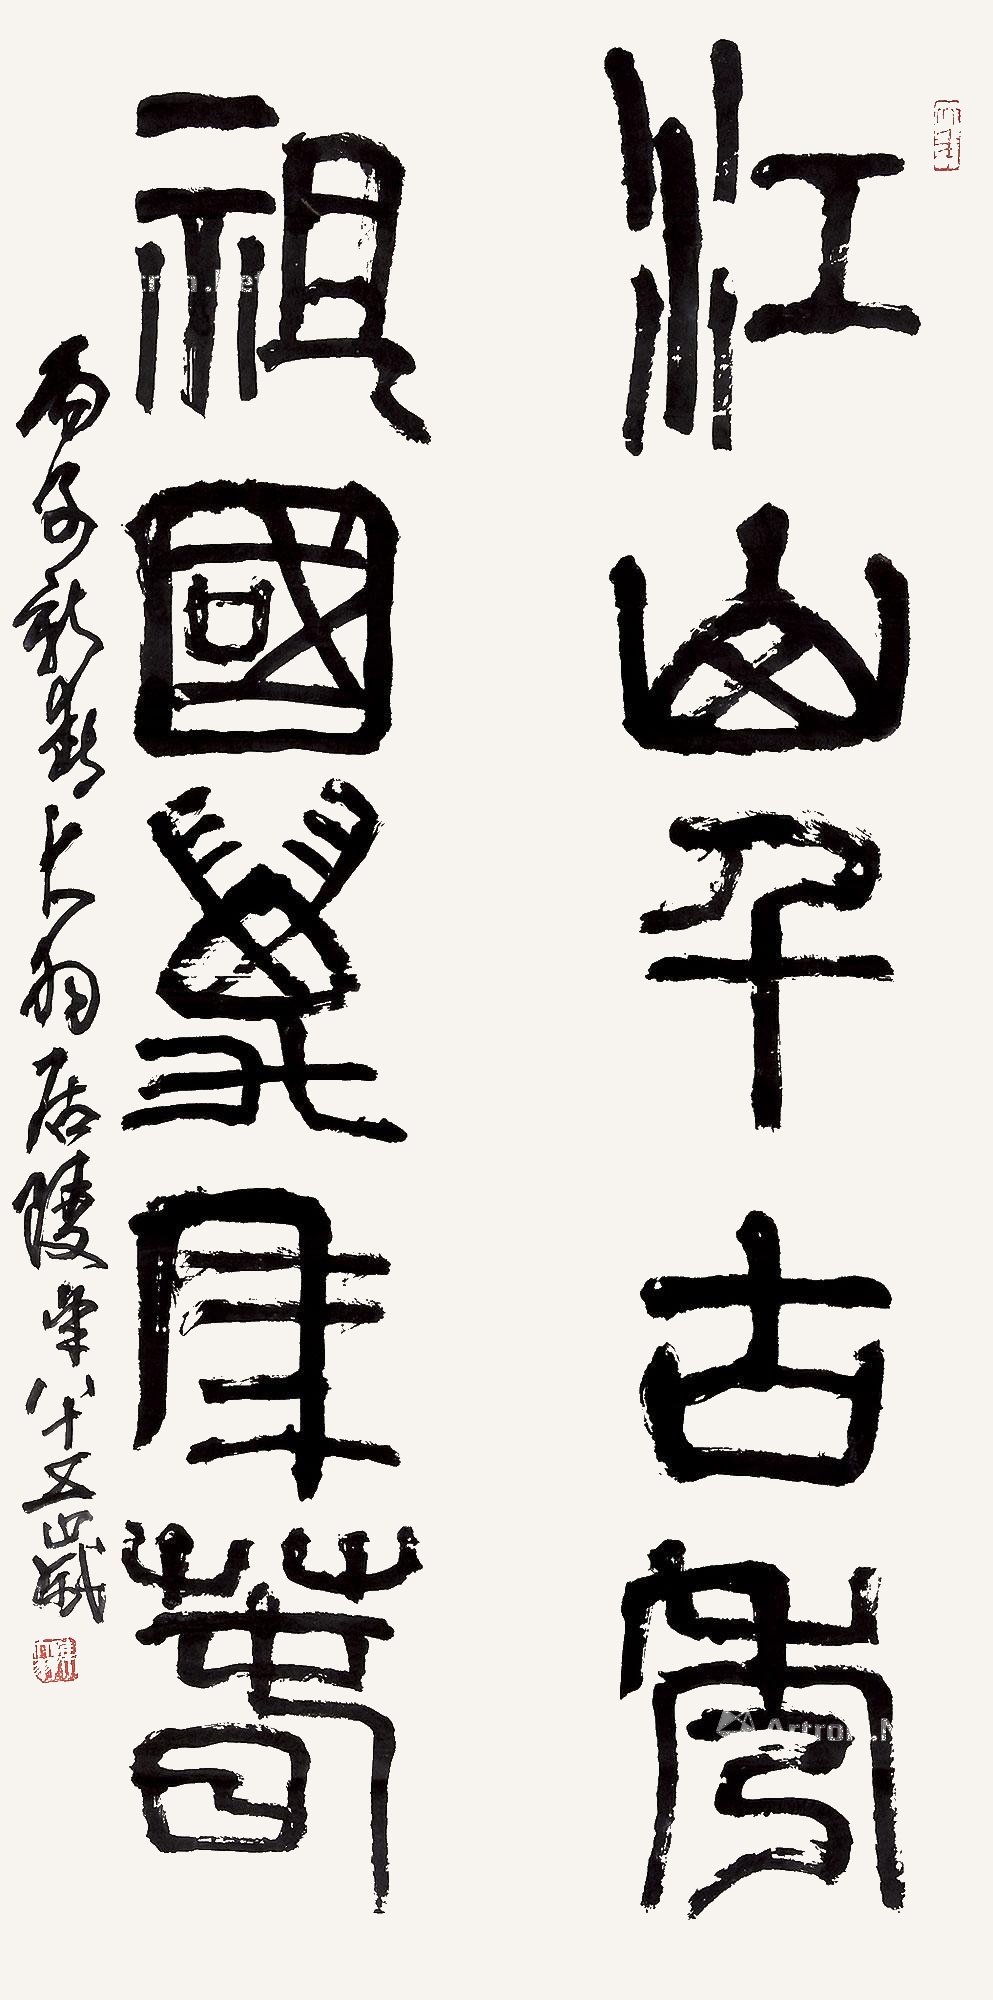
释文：江山千古秀，祖国万年春。丙子（1996年）新春，大羽居陵，年八十五岁。